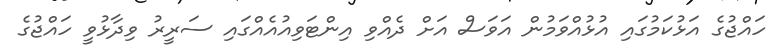
ހައްޖުގެ އަޅުކަމުގައި އުޅުއްވަމުން އަވަސް އަށް ދެއްވި އިންޓަވިއުއެއްގައި ސަރީރު ވިދާޅުވީ ހައްޖުގެ